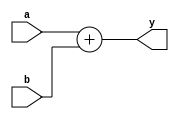
//two imput adder
module adder(input [31:0] a, b,
             output [31:0] y);
  assign y = a+b;
endmodule

// 64bit adder
module adder64(input [63:0] a,b,
		output [63:0] y);
	assign y = a+b;
endmodule



//shift module
module sl2(input [31:0] a,
           output [31:0] y);
  assign y = {a[29:0], 2'b00};
endmodule

module s25l2(input [25:0] a,
	     output [27:0] y);
  assign y = {a[23:0], 2'b00};
endmodule

//shift 16bit
module sl16(input [31:0] a,
           output [31:0] y);
  assign y = {a[15:0],16'b0};// left shift 16
endmodule

module sl2jump(input [25:0] a,
           output [27:0] y);
  assign y = {a, 2'b00};
endmodule

//extention module can choose whether sign extend or zero extend
module extend(input [15:0] a,
		input se_ze,
		output [31:0] immext);
	assign immext = se_ze? {{16{a[15]}}, a}:{16'b0,a};
endmodule


 
//sign extention module
module signext(input [15:0] a,
               output [31:0] y);
  assign y = {{16{a[15]}}, a};
endmodule

//register
module flopr #(parameter WIDTH=8)
              (input clk, reset, enable,
               input [WIDTH-1:0] d,
               output reg [WIDTH-1:0] q);
  always @(posedge clk, posedge reset) begin
    if(enable) begin
      if(reset) q <= 0;
      else      q <= d;
    end
  end
endmodule
//multiplier register
module multreg #(parameter WIDTH=64)
		(input clk, 
		input [WIDTH-1:0] a,
		output reg [WIDTH-1:0] b);
	always @(posedge clk) begin
		b <= a;
		end
endmodule 
//fetch to decode stage register
module fetchtodec #(parameter WIDTH=32)
              (input clk, reset, enable,
               input [WIDTH-1:0] d0, 
	       input [WIDTH-1:0] d1,
	       input d2,
	       input [31:0] d3,
	       input [1:0] d4,
               output reg [WIDTH-1:0] q0,q1,
	       output reg q2,
	       output reg [31:0] q3,
	       output reg [1:0] q4);
  always @(posedge clk) begin
	
    if(enable) begin
	q0 <= reset ? 32'b0 : d0;
	q1 <= reset ? 32'b0 : d1;
	q2 <= reset ? 0 : d2;
	q3 <= reset ? 32'b0 : d3;
	q4 <= reset ? 2'b0 : d4;
      /*if(reset) begin q0 <= 0; 
		      q1 <= 0; 
      end
      else begin     q0 <= d0; 
		     q1 <= d1;
      end*/
    end
  end
endmodule

//decode stage to excute stage register
module dectoexc #(parameter WIDTH=32)
              (input clk, clear,
               input [WIDTH-1:0] d0, d1, 
	       input c0, 
               input [1:0] c1, 
	       input c2, 
	       input [3:0] c3, 
	       input c4, c5, 
	       input c6, 
	       input c7, c8, c9,
	       input [4:0] rsd, rtd, rdd,
	       input [31:0] signimmd,
               output reg [WIDTH-1:0] q0,q1,
	       output reg  z0, 
	       output reg [1:0] z1,
	       output reg z2, 
	       output reg [3:0] z3, 
	       output reg z4, z5, 
	       output reg z6, 
	       output reg z7, z8,z9,
	       output reg [4:0] rse, rte,rde,
		output reg [31:0] signimme);
  always @(posedge clk) begin
	if(clear) begin 
		{q0, q1, z0, z1, z2, z3, z4, z5, z6, z7, z8, z9,
		rse, rte, signimme} <= 0;
	end
	else begin
    	q0 <= d0; 	
	q1 <= d1;
	z0 <= c0;
	z1 <= c1;
	z2 <= c2;
	z3 <= c3;
	z4 <= c4;
	z5 <= c5;
	z6 <= c6;
	z7 <= c7;
	z8 <= c8;
	z9 <= c9;
	rse <= rsd;
	rte <= rtd;
	rde <= rdd;
	signimme <= signimmd;
	end
      
  end
endmodule

// excute to memory register
module exctom #(parameter WIDTH=32)
              (input clk,
               input [WIDTH-1:0] multhi, multlo, aluoutE, writedataE, signimmE2,
		input [4:0] writeRegE,
	       input [1:0] outSelectE, 
	       input regWriteE,memtoRegE,memWriteE, 
               output reg [WIDTH-1:0] multhiM,multloM, aluoutM, writedataM, signimmM2,
	       	output reg [4:0] writeRegM,
		output reg  [1:0]outSelectM, 
	       output reg regWriteM,memtoRegM,memWriteM);
  always @(posedge clk) begin
    	multhiM <= multhi; 	
	multloM <= multlo;
	aluoutM <= aluoutE;
	writedataM <= writedataE;
	signimmM2 <= signimmE2;
	outSelectM <= outSelectE;
	regWriteM <= regWriteE;
	memtoRegM <= memtoRegE;
	memWriteM <= memWriteE;
	writeRegM <= writeRegE;
	
	end
      
 
endmodule
//mem to write register
module mtowrite #(parameter WIDTH=32)
              (input clk,
               input [WIDTH-1:0] readdataM, aluoutM2,
	       input [4:0] writeregM, 
	       input regWriteM,memtoRegM, 
               output reg [WIDTH-1:0] readdataW, aluoutW,
	       output reg  [4:0]writeregW, 
	       output reg regWriteW,memtoRegW);
  always @(posedge clk) begin
    	readdataW <= readdataM; 	
	aluoutW <= aluoutM2;
	writeregW <= writeregM;
	regWriteW <= regWriteM;
	memtoRegW <= memtoRegM;
	
	
	end
      
 
endmodule


module mux2 #(parameter WIDTH=8)
             (input [WIDTH-1:0] d0, d1,
              input s,
              output [WIDTH-1:0] y);
  assign y = s ? d1 : d0;
endmodule


module mux3 #(parameter WIDTH=8)
             (input [WIDTH-1:0] d0, d1, d2,
              input [1:0] s,
              output [WIDTH-1:0] y);
  assign y = s[1] ? d2 : (s[0] ? d1 : d0);
endmodule



module mux4 #(parameter WIDTH=8)
             (input [WIDTH-1:0] d0, d1, d2, d3,
              input [1:0] s,
              output [WIDTH-1:0] y);
  assign y = s[1] ? (s[0] ? d3: d2) : (s[0]? d1 : d0);

endmodule
//enable register
module enablereg #(parameter WIDTH=8)
                  (input clk, enable,
                   input [WIDTH-1:0] d,
                   output reg [WIDTH-1:0] q);
    always @(posedge clk) begin
      if(enable) q<=d;
    end
endmodule

//common register
module normalreg #(parameter WIDTH=8)
                  (input clk,
                   input [WIDTH-1:0] d,
                   output reg [WIDTH-1:0] q);
    always @(posedge clk) begin
      q <= d;
    end
endmodule

module resetclearenablereg #(parameter WIDTH = 8)
		(input clk, reset, clear,enable,
		 input [WIDTH-1:0] d,
		 output reg [WIDTH-1:0] q);

	always @(posedge clk) begin
		if(reset) q <= 0;
		else if(enable) q<= clear ? 0 : d;
	end
endmodule

module clearenablereg #(parameter WIDTH = 8)
		(input clk, clear,enable,
		 input [WIDTH-1:0] d,
		 output reg [WIDTH-1:0] q);

	always @(posedge clk) begin
		if(clear) q <= 0;
		else if(enable) q<= d;
	end
endmodule
module clearreg #(parameter WIDTH = 8)
		(input clk, clear,
		 input [WIDTH-1:0] d,
		 output reg [WIDTH-1:0] q);

	always @(posedge clk) begin
		if(clear) q <= 0;
		else q<= d;
	end
endmodule


module signaldelay(input data, input clk, input reset, output reg out);
	reg temp;
	always@(posedge clk) begin
		temp <= data;
		out <= reset ? 0 : temp;
		
	end
endmodule